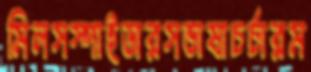
মিলসস্পাইডারসভাষাচর্চারম